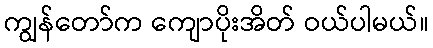
ကျွန်တော်က ကျောပိုးအိတ် ဝယ်ပါမယ်။